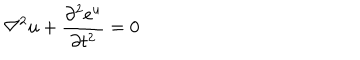
\nabla ^ { 2 } u + { \frac { \partial ^ { 2 } e ^ { u } } { \partial t ^ { 2 } } } = 0